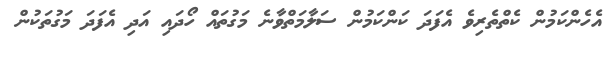
އެހެންކަމުން ކެތްތެރިވެ އެފަދަ ކަންކަމުން ސަލާމަތްވާނެ މަގުތައް ހޯދައި އަދި އެފަދަ މަގުތަކުން